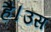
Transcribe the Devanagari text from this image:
है।उस